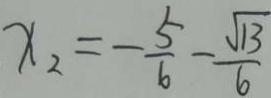
x _ { 2 } = - \frac { 5 } { 6 } - \frac { \sqrt { 1 3 } } { 6 }